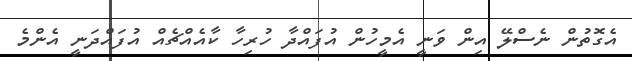
އެގޮތުން ނެސްލޭ އިން ވަނީ އެމީހުން އުފައްދާ ހުރިހާ ކާއެއްޗެއް އުފައްދަނީ އެންމެ